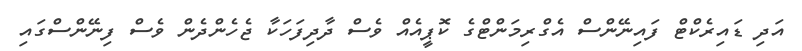
އަދި ޑައިރެކްޓް ފައިނޭންސް އެގްރިމަންޓްގެ ކޮޕީއެއް ވެސް ދާދިފަހަކާ ޖެހެންދެން ވެސް ފިނޭންސްގައި